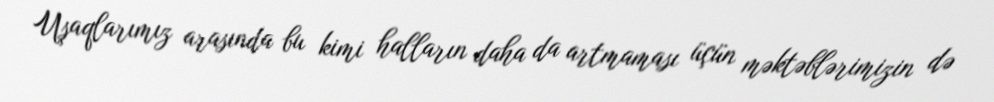
Uşaqlarımız arasında bu kimi halların daha da artmaması üçün məktəblərimizin də